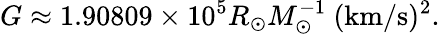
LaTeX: G\approx 1.90809\times 10^{5}R_{\odot}M_{\odot}^{-1}\mathrm{{\ (km/s)^{2}}}.